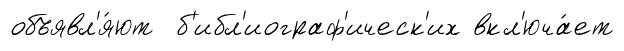
объявл'я́ют б'ибл'иограф'ическ'их вкл'юча́ет